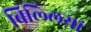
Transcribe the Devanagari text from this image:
बिल्‍लियां